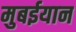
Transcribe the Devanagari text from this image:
मुबईयान